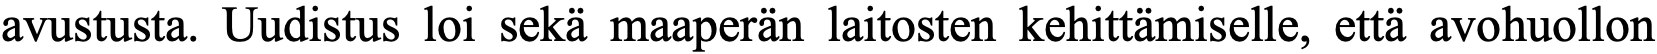
avustusta. Uudistus loi sekä maaperän laitosten kehittämiselle, että avohuollon